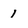
Character: 1